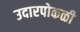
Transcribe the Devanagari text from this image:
उदारपोकळी